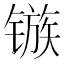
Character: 镞